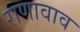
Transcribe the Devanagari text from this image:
राणावाव